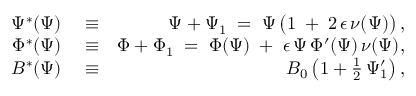
\begin{array} { r l r } { \Psi ^ { * } ( \Psi ) } & { { } \equiv } & { \Psi + \Psi _ { 1 } \; = \; \Psi \left( 1 \; + \frac { } { } 2 \, \epsilon \, \nu ( \Psi ) \right) , } \\ { \Phi ^ { * } ( \Psi ) } & { { } \equiv } & { \Phi + \Phi _ { 1 } \; = \; \Phi ( \Psi ) \; + \; \epsilon \, \Psi \, \Phi ^ { \prime } ( \Psi ) \, \nu ( \Psi ) , } \\ { B ^ { * } ( \Psi ) } & { { } \equiv } & { B _ { 0 } \left( 1 + \frac { 1 } { 2 } \, \Psi _ { 1 } ^ { \prime } \right) , } \end{array}